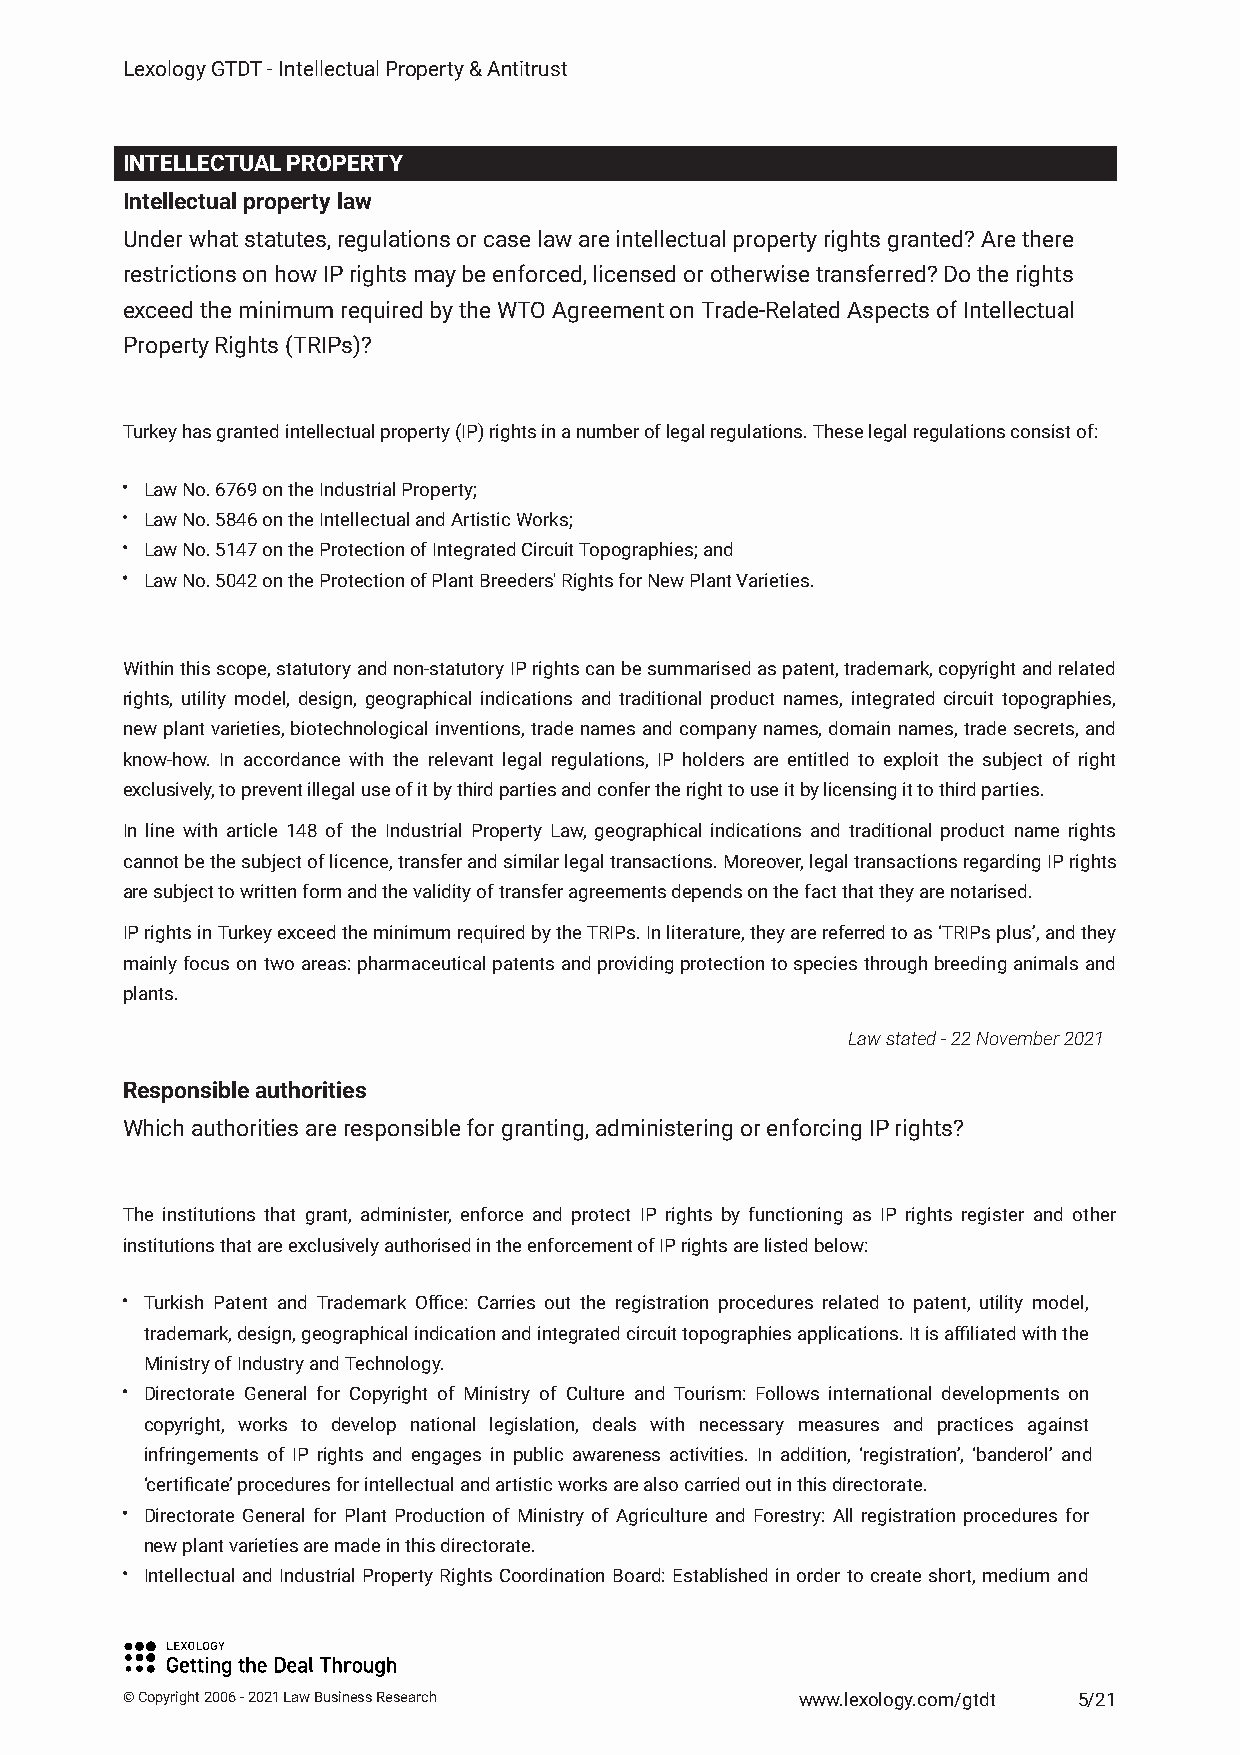
Lexology GTDT - Intellectual Property & Antitrust
 INTELLECTUAL PROPERTY
 Intellectual property law
 Under what statutes, regulations or case law are intellectual property rights granted? Are there
 restrictions on how IP rights may be enforced, licensed or otherwise transferred? Do the rights
 exceed the minimum required by the WTO Agreement on Trade-Related Aspects of Intellectual
 Property Rights (TRIPs)?
 Turkey has granted intellectual property (IP) rights in a number of legal regulations. These legal regulations consist of:
 Law No. 6769 on the Industrial Property;
 Law No. 5846 on the Intellectual and Artistic Works;
 Law No. 5147 on the Protection of Integrated Circuit Topographies; and
 Law No. 5042 on the Protection of Plant Breeders' Rights for New Plant Varieties.
 Withinthisscope,statutoryandnon-statutoryIPrightscanbesummarisedaspatent,trademark,copyrightandrelated
 rights, utility model, design, geographical indications and traditional product names, integrated circuit topographies,
 newplantvarieties,biotechnologicalinventions,tradenamesandcompanynames,domainnames,tradesecrets,and
 know-how. In accordance with the relevant legal regulations, IP holders are entitled to exploit the subject of right
 exclusively, to prevent illegal use of it by third parties and confer the right to use it by licensing it to third parties.
 In line with article 148 of the Industrial Property Law, geographical indications and traditional product name rights
 cannotbethesubjectoflicence,transferandsimilarlegaltransactions.Moreover,legaltransactionsregardingIPrights
 are subject to written form and the validity of transfer agreements depends on the fact that they are notarised.
 IPrightsinTurkeyexceedtheminimumrequiredbytheTRIPs.Inliterature,theyarereferredtoas‘TRIPsplus’,andthey
 mainlyfocusontwoareas:pharmaceuticalpatentsandprovidingprotectiontospeciesthroughbreedinganimalsand
 plants.
 Law stated - 22 November 2021
 Responsible authorities
 Which authorities are responsible for granting, administering or enforcing IP rights?
 The institutions that grant, administer, enforce and protect IP rights by functioning as IP rights register and other
 institutions that are exclusively authorised in the enforcement of IP rights are listed below:
 Turkish Patent and Trademark Office: Carries out the registration procedures related to patent, utility model,
 trademark,design,geographicalindicationandintegratedcircuittopographiesapplications.Itisaffiliatedwiththe
 Ministry of Industry and Technology.
 Directorate General for Copyright of Ministry of Culture and Tourism: Follows international developments on
 copyright, works to develop national legislation, deals with necessary measures and practices against
 infringements of IP rights and engages in public awareness activities. In addition, ‘registration’, ‘banderol’ and
 ‘certificate’ procedures for intellectual and artistic works are also carried out in this directorate.
 Directorate General for Plant Production of Ministry of Agriculture and Forestry: All registration procedures for
 new plant varieties are made in this directorate.
 Intellectual and Industrial Property Rights Coordination Board: Established in order to create short, medium and
 © Copyright 2006 - 2021 Law Business Research www.lexology.com/gtdt 5/21